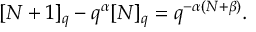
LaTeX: [ N + 1 ] _ { q } - q ^ { \alpha } [ N ] _ { q } = q ^ { - \alpha ( N + \beta ) } .